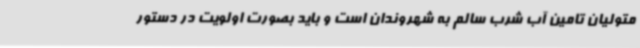
متولیان تامین آب شرب سالم به شهروندان است و باید بصورت اولویت در دستور